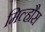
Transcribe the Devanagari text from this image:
मिल्हौस